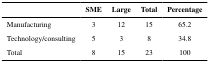
<table><thead><tr><td></td><td><b>SME</b></td><td><b>Large</b></td><td><b>Total</b></td><td><b>Percentage</b></td></tr></thead><tbody><tr><td>Manufacturing</td><td>3</td><td>12</td><td>15</td><td>65.2</td></tr><tr><td>Technology/consulting</td><td>5</td><td>3</td><td>8</td><td>34.8</td></tr><tr><td>Total</td><td>8</td><td>15</td><td>23</td><td>100</td></tr></tbody></table>